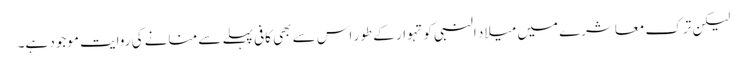
لیکن ترک معاشرے میں میلاد النبی کو تہوار کے طور اس سے بھی کافی پہلے سے منانے کی روایت موجود ہے۔